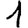
Digit: 1